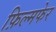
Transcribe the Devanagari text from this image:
फ़िल्मफेर